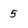
Character: 5